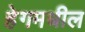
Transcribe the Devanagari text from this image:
हेगमधील